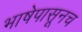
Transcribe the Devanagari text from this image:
भाषेपासूनच